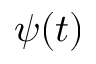
\psi ( t )